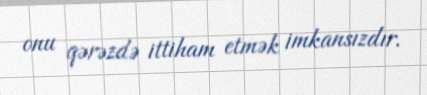
onu qərəzdə ittiham etmək imkansızdır.